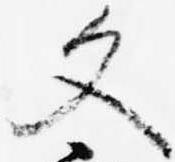
文